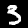
Label: 3